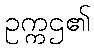
ဥက္ကဌ၏